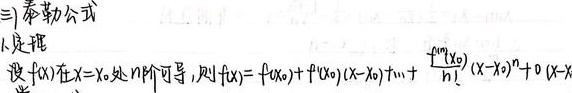
### 三、泰勒公式
1. 定理
设 \(f(x)\) 在 \(x = x_0\) 处 \(n\) 阶可导，则 \(f(x)=f(x_0)+f^{\prime}(x_0)(x - x_0)+\cdots+\frac{f^{(n)}(x_0)}{n!}(x - x_0)^n + o((x - x_0)^n)\) 。